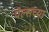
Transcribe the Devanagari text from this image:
पेल्सच्या